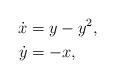
LaTeX: \begin{align*}\dot{x} &= y - y^2, \\\dot{y} &= -x,\end{align*}